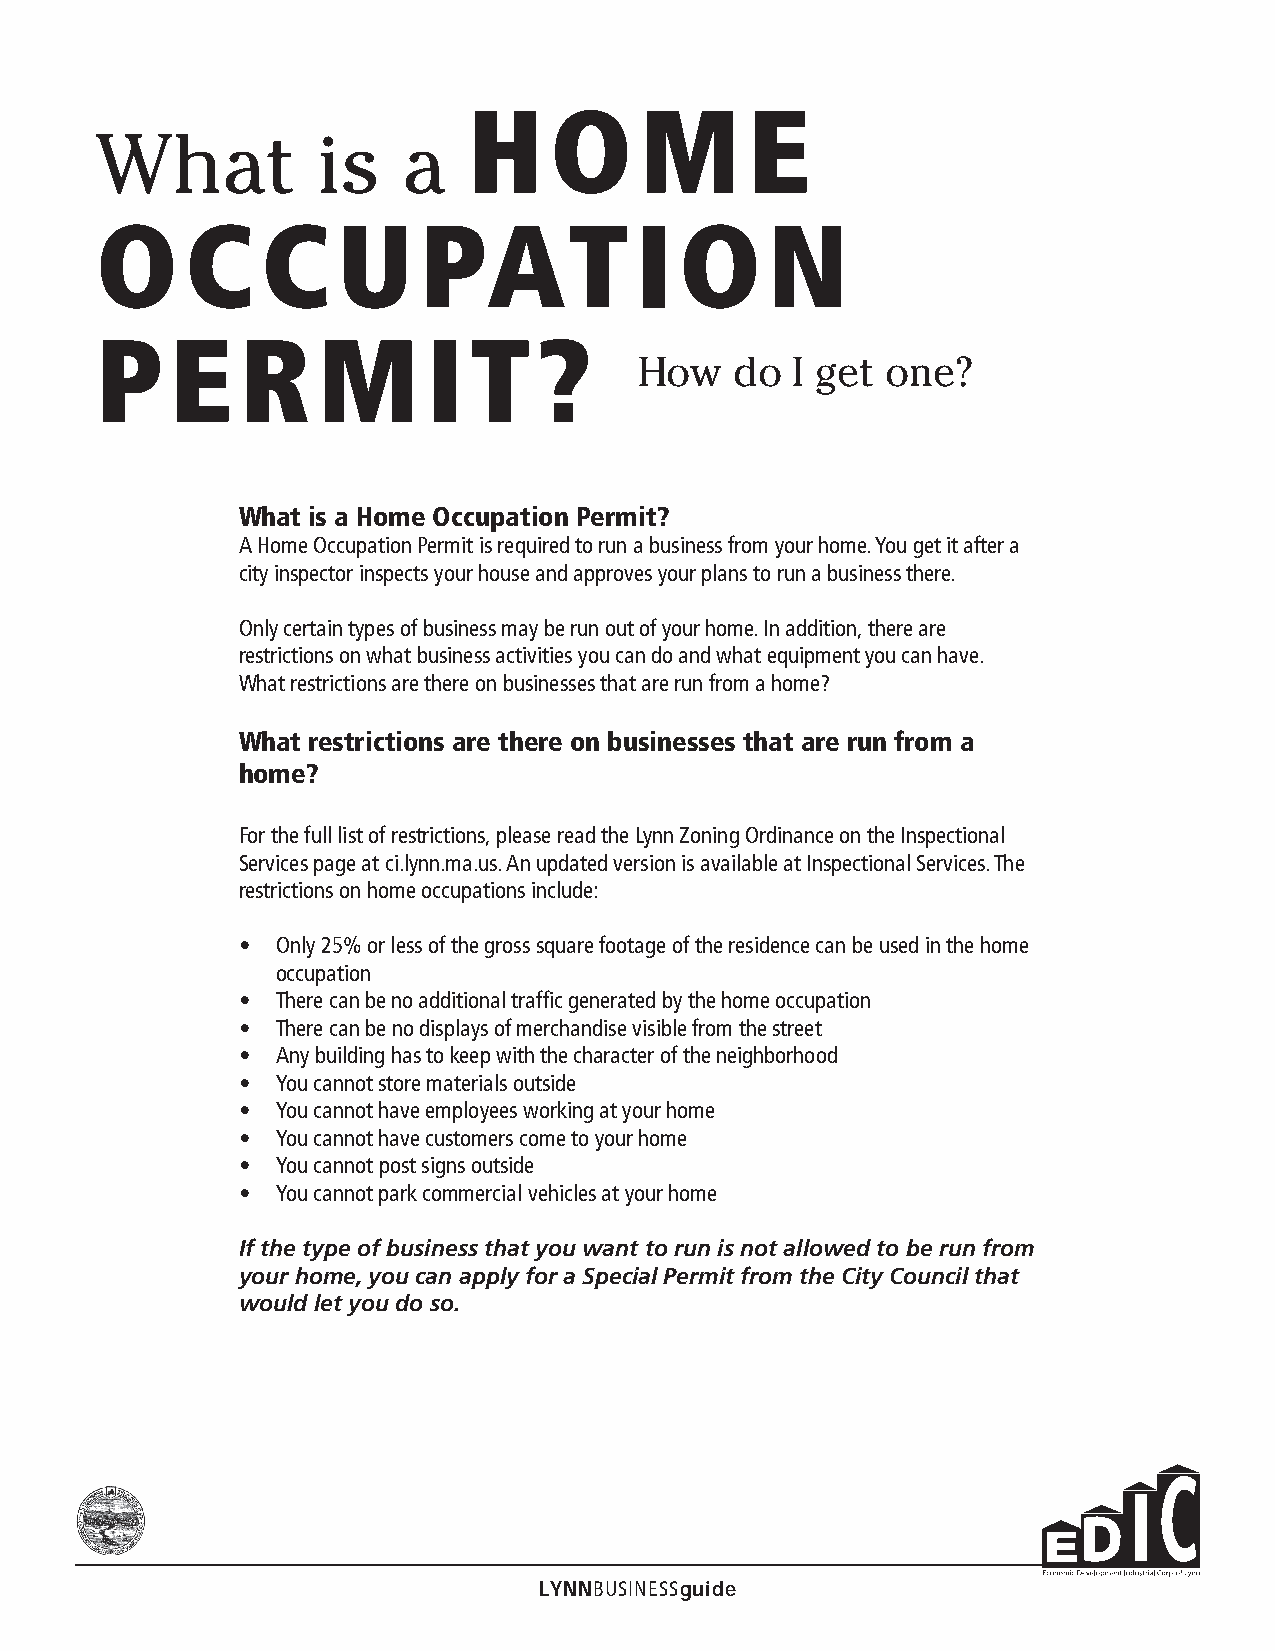
H    O     M       E
 What           is    a
 O     C    C    U     PAT           I  O     N
 P    E    R    M      I  T    ?
 How    do  I get one?
 What is a Home Occupation Permit?
 A Home Occupation Permit is required to run a business from your home. You get it after a
 city inspector inspects your house and approves your plans to run a business there.
 Only certain types of business may be run out of your home. In addition, there are
 restrictions on what business activities you can do and what equipment you can have.
 What restrictions are there on businesses that are run from a home?
 What restrictions are there on businesses that are run from a
 home?
 For the full list of restrictions, please read the Lynn Zoning Ordinance on the Inspectional
 Services page at ci.lynn.ma.us. An updated version is available at Inspectional Services. The
 restrictions on home occupations include:
 • Only 25% or less of the gross square footage of the residence can be used in the home
 occupation
 • There can be no additional traffic generated by the home occupation
 • There can be no displays of merchandise visible from the street
 • Any building has to keep with the character of the neighborhood
 • You cannot store materials outside
 • You cannot have employees working at your home
 • You cannot have customers come to your home
 • You cannot post signs outside
 • You cannot park commercial vehicles at your home
 If the type of business that you want to run is not allowed to be run from
 your home, you can apply for a Special Permit from the City Council that
 would let you do so.
 LYNNBUSINESSguide